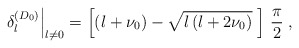
\begin{align*}\left. \delta_{l}^{(D_{0})}\right|_{l \neq 0}= \left[ \left( l+ \nu_{0} \right)- \sqrt{ l \left(l + 2 \nu_{0} \right)} \;\right] \, \frac{\pi}{2}\; ,\end{align*}